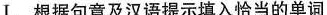
Ⅰ.根据句意及汉语提示填入恰当的单词